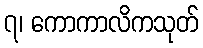
၇၊ ကောကာလိကသုတ်